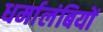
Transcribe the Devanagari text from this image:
धर्मालंबियों